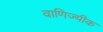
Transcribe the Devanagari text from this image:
वाणिज्यीक